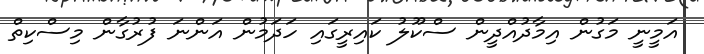
އަމީނީ މަގުން އިމާދުއްދީން ސްކޫލު ކައިރީގައި ހަދަމުން އަންނަ ފުރުގާން މިސްކިތް